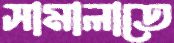
সামালাতে